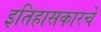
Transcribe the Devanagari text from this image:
इतिहासकारचे